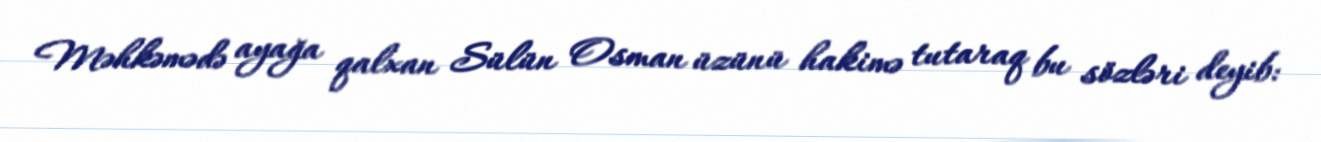
Məhkəmədə ayağa qalxan Sülün Osman üzünü hakimə tutaraq bu sözləri deyib: